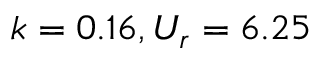
k = 0 . 1 6 , U _ { r } = 6 . 2 5